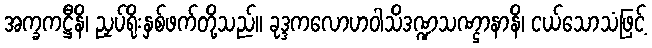
အက္ခကဋ္ဌီနိ၊ ညှပ်ရိုးနှစ်ဖက်တို့သည်။ ခုဒ္ဒကလောဟဝါသိဒဏ္ဍသဏ္ဌာနာနိ၊ ငယ်သောသံဖြင့်